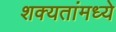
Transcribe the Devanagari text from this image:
शक्यतांमध्ये